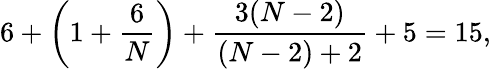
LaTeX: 6+\left(1+\frac 6N\right)+\frac{3(N-2)}{(N-2)+2}+5=15,